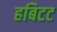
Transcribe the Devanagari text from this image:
हबिटट